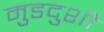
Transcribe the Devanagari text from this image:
मुडदुशी